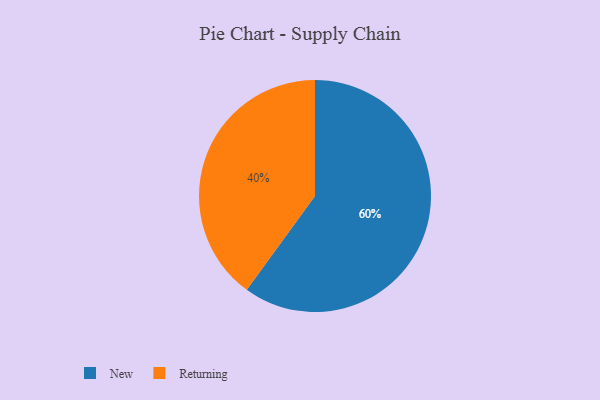
{"axis": {"x": "Category", "y": "Percentage"}, "legend": ["New", "Returning"], "data": [{"x": "Returning", "y": 40, "type": "Returning"}, {"x": "New", "y": 60, "type": "New"}]}